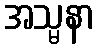
အသ္မနာ